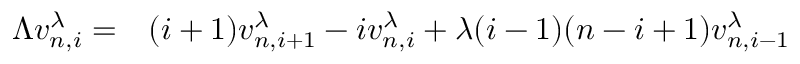
\begin{array} { r l } { \Lambda v _ { n , i } ^ { \lambda } = } & { { } ( i + 1 ) v _ { n , i + 1 } ^ { \lambda } - i v _ { n , i } ^ { \lambda } + \lambda ( i - 1 ) ( n - i + 1 ) v _ { n , i - 1 } ^ { \lambda } } \end{array}